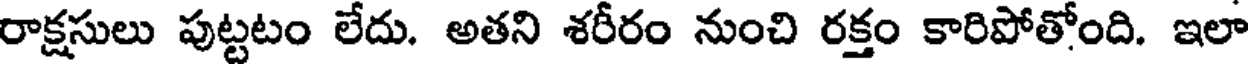
రాక్షసులు పుట్టటం లేదు. అతని శరీరం నుంచి రక్తం కారిపోతోంది. ఇలా